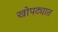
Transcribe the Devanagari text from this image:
खोपट्यात